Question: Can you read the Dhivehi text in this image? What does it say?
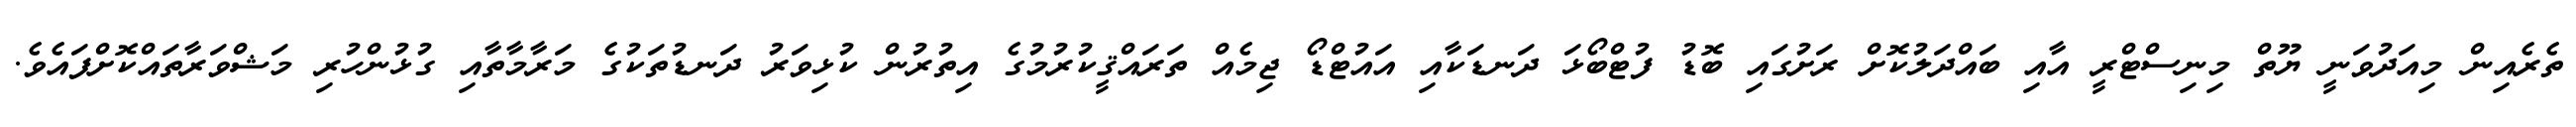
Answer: ތެރެއިން މިއަދުވަނީ ޔޫތް މިނިސްޓްރީ އާއި ބައްދަލުކޮށް ރަށުގައި ބޮޑު ފުޓްބޯޅަ ދަނޑަކާއި އައުޓްޑޯ ޖިމެއް ތަރައްޤީކުރުމުގެ އިތުރުން ކުޅިވަރު ދަނޑުތަކުގެ މަރާމާތާއި ގުޅުންހުރި މަޝްވަރާތައްކޮށްފައެވެ.